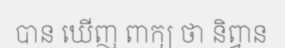
បាន ឃើញ ពាក្យ ថា និព្វាន